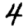
Digit: 4